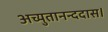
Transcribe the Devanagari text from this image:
अच्युतानन्ददास।